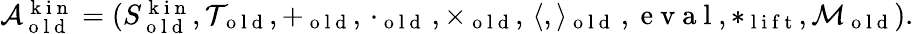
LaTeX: \begin{array}{r}{\mathcal{A}_{\mathrm{~o~l~d~}}^{\mathrm{~k~i~n~}}=(S_{\mathrm{~o~l~d~}}^{\mathrm{~k~i~n~}},\mathcal{T}_{\mathrm{~o~l~d~}},+_{\mathrm{~o~l~d~}},\, \cdot_{\mathrm{~o~l~d~}}\, ,\times_{\mathrm{~o~l~d~}},\, \langle,\rangle_{\mathrm{~o~l~d~}}\, ,\mathrm{~e~v~a~l~},*_{\mathrm{~l~i~f~t~}},\mathcal{M}_{\mathrm{~o~l~d~}}).}\end{array}